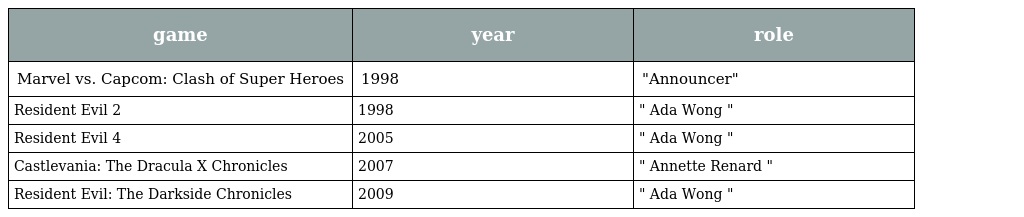
| game | year | role |
 | --- | --- | --- |
 | Marvel vs. Capcom: Clash of Super Heroes | 1998 | "Announcer" |
 | Resident Evil 2 | 1998 | " Ada Wong " |
 | Resident Evil 4 | 2005 | " Ada Wong " |
 | Castlevania: The Dracula X Chronicles | 2007 | " Annette Renard " |
 | Resident Evil: The Darkside Chronicles | 2009 | " Ada Wong " |